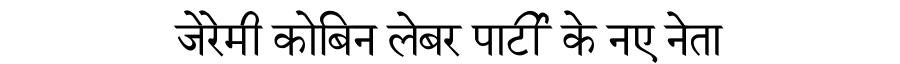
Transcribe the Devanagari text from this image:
जेरेमी कोबिन लेबर पार्टी के नए नेता